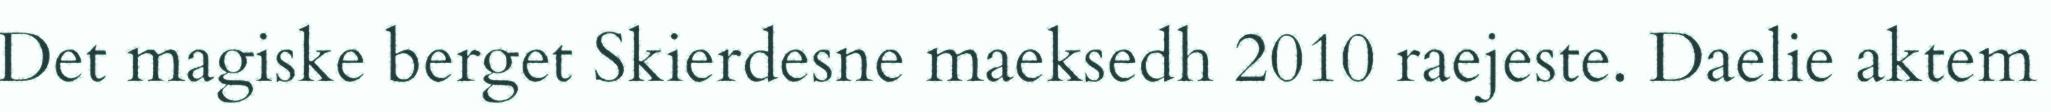
Det magiske berget Skierdesne maeksedh 2010 raejeste. Daelie aktem